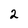
Character: 2